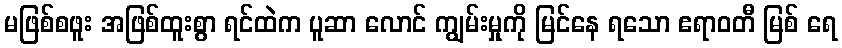
မဖြစ်စဖူး အဖြစ်ထူးစွာ ရင်ထဲက ပူဆာ လောင် ကျွမ်းမှုကို မြင်နေ ရသော ဧရာဝတီ မြစ် ရေ